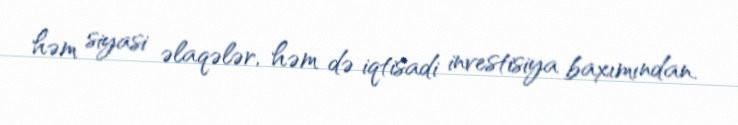
həm siyasi əlaqələr, həm də iqtisadi investisiya baxımından.